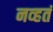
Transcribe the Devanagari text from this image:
नव्‍हतं